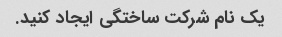
یک نام شرکت ساختگی ایجاد کنید.